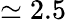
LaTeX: \simeq 2.5